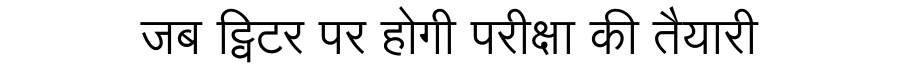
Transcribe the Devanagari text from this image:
जब ट्विटर पर होगी परीक्षा की तैयारी